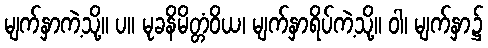
မျက်နှာကဲ့သို့။ ပ။ မုခနိမိတ္တံဝိယ၊ မျက်နှာရိပ်ကဲ့သို့။ ဝါ၊ မျက်နှာ၌